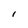
Character: I